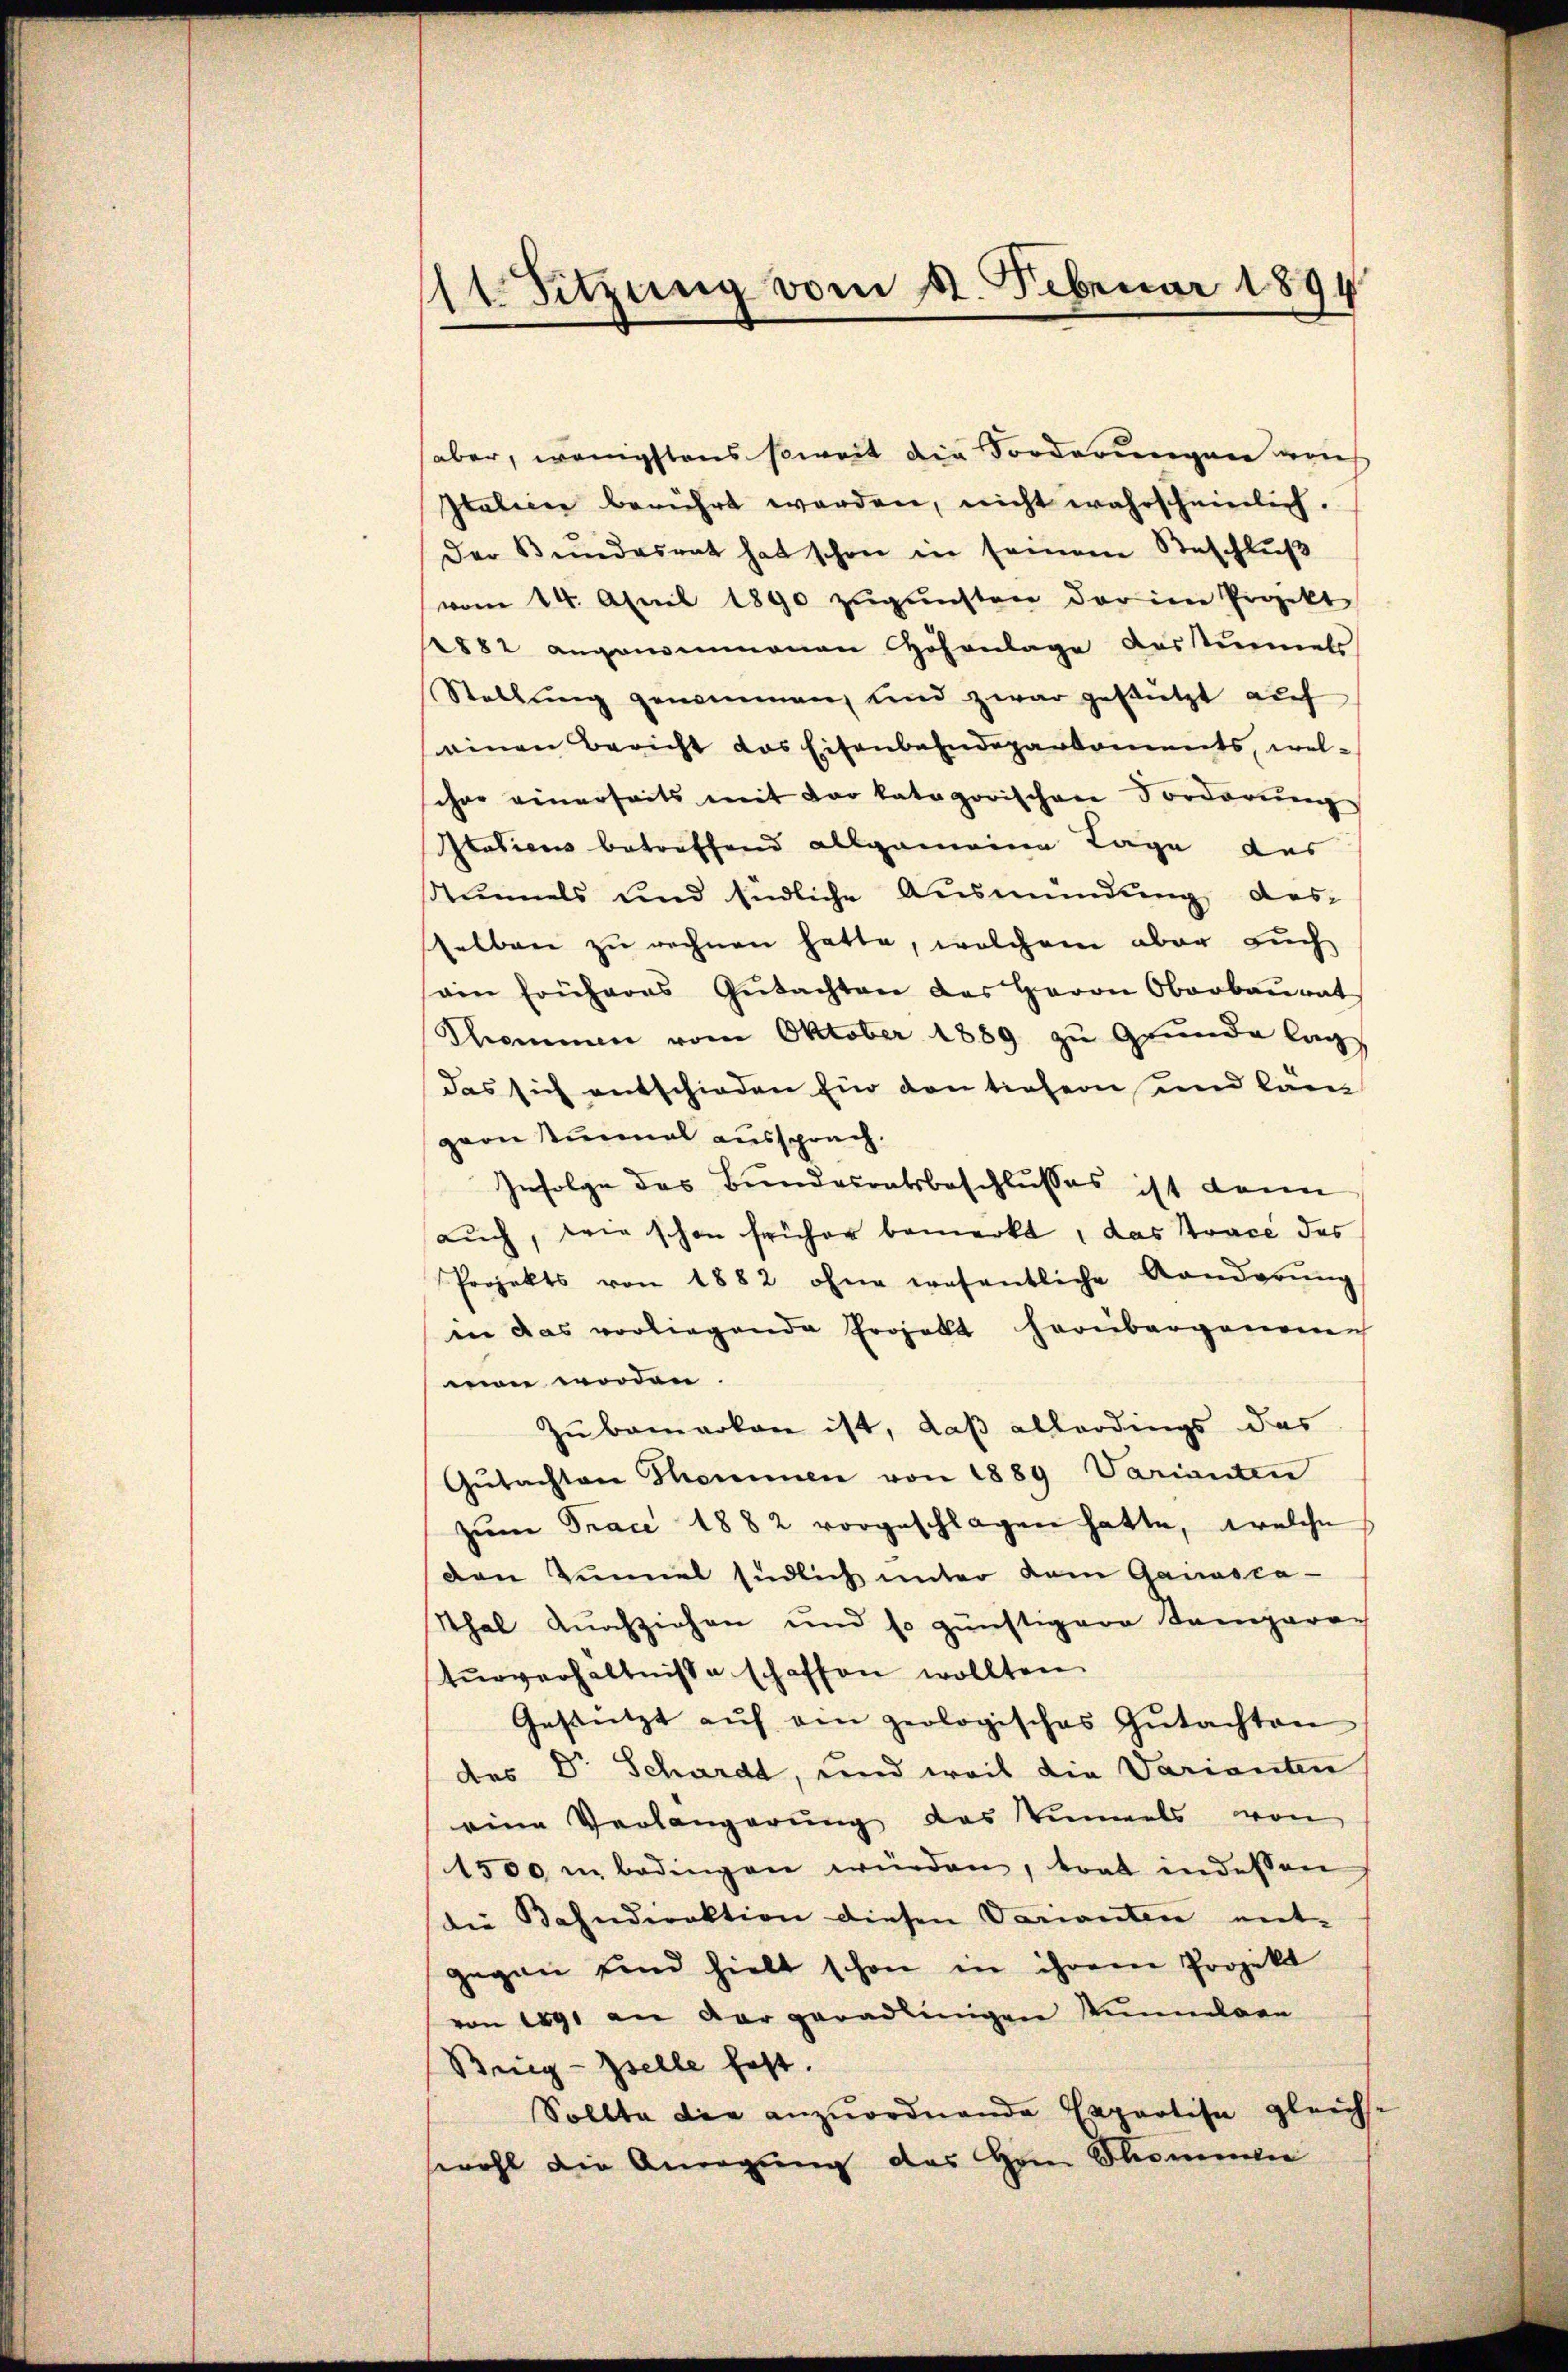
(11. Sitzung vom 11. Februar 1894

aber, wenigstens soweit die Forderungen von
Italien berührt werden, nicht wahrscheinlich.
Der Bundesrat hat schon in seinem Beschlŭβ
vom 14. April 1890 zŭgŭnsten der im Projekt
1882 angenommenen Hofanlage austummels
Stellŭng genommen, und zwar gestützt aŭf
einen Bericht das Eisenbahndeparkoments, wel-
schon einerseits mit der kategorischen Forderung
rasiens betreffend allgemeine Lage des
unnels und südliche Ausmündung dessselben zŭ rechnen hatte, welchem aber auch
sain früheres Gŭtachten des Herrn Oberbaŭrat
Thommen vom Oktober 1889 zu Grunde lag
das sich entschieden Ein den tiefern und lan
gern sinmal aussprach.
Infolge des Bundesratsbeschlusses ist dann
auch, wie schon früher bemerkt, das Strace des
Projekts von 1882 ohne wesentliche Anderŭng
in das vorliegende Projekt herüberganenen
mon worden.
Zubemerken ist, daß allerdings das
Gŭtachten Thommen von 1889 Varianten
zŭm Trace 1882 vorgeschlagen hatte, welche
den Zimmel südlich unter dem Ganosca-
tthal durchziehen und so günstigere Sampara-
turverhältnisse schaffen wollten.
Gestützt aŭf am geologisches Gŭtachten
des Dr Schardt, und weil die Varianten
eine Verlangerung das Viels von
1500 u. bedingen würden, trat indessen
die Bahndirektion diesen Varianten ent-
gegen sind hielt schon in ihrem Projekt
von 1891 an der geradlingen Kunnelaen
Brieg-Iselle fest.
Sollte die anzuordnende Expertise gleichs-
wohl die Anregung des Hrnn Sommen